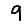
Digit: 9